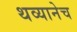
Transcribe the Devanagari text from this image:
थव्यानेच